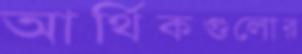
আর্থিকগুলোর